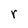
Character: r